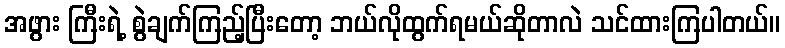
အဖွား ကြီးရဲ့ စွဲချက်ကြည့်ပြီးတော့ ဘယ်လိုထွက်ရမယ်ဆိုတာလဲ သင်ထားကြပါတယ်။